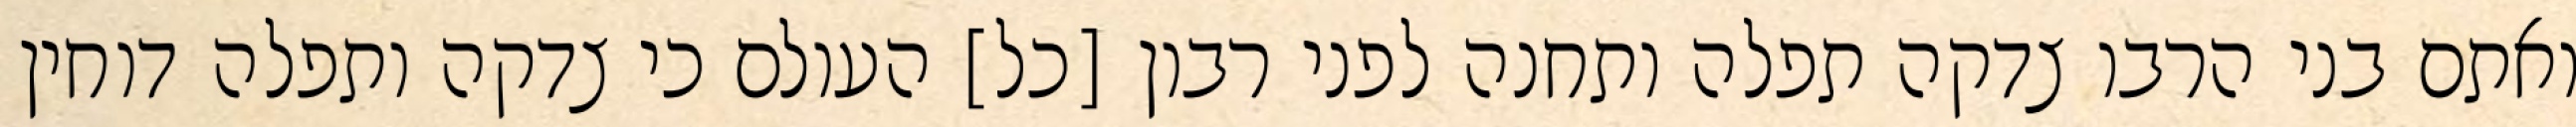
ואתם בני הרבו צדקה תפלה ותחנה לפני רבון [כל] העולם כי צדקה ותפלה דוחין